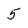
Character: 5